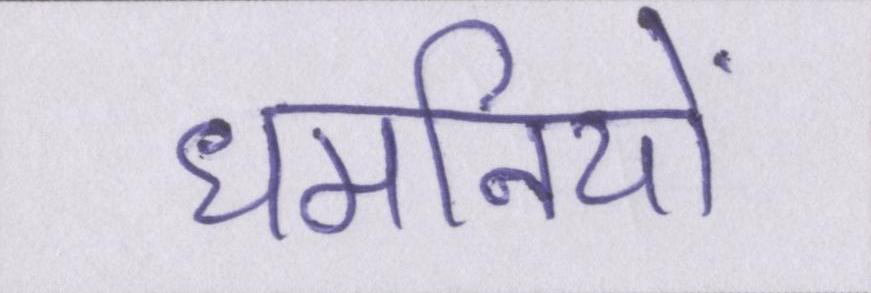
धमनियों